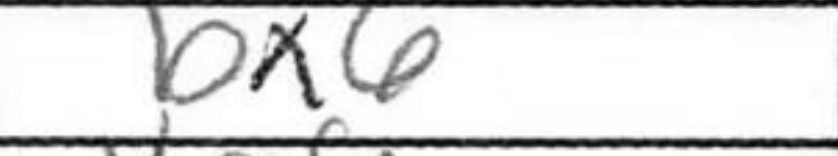
Transcription: bx6